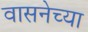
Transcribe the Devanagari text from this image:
वासनेच्या